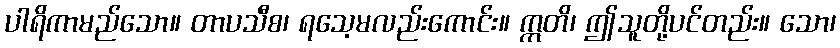
ပါရိကာမည်သော။ တာပသီစ၊ ရသေ့မလည်းကောင်း။ ဣတိ၊ ဤသူတို့ပင်တည်း။ သော၊